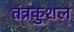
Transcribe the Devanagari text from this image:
तंत्रकुशल